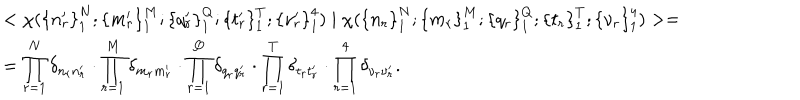
\begin{array} { l } { { < \chi ( { \{ n _ { r } ^ { \prime } \} } _ { 1 } ^ { N } ; { \{ m _ { r } ^ { \prime } \} } _ { 1 } ^ { M } ; { \{ q _ { r } ^ { \prime } \} } _ { 1 } ^ { Q } ; { \{ t _ { r } ^ { \prime } \} } _ { 1 } ^ { T } ; { \{ \nu _ { r } ^ { \prime } \} } _ { 1 } ^ { 4 } ) \mid \chi ( { \{ n _ { r } \} } _ { 1 } ^ { N } ; { \{ m _ { r } \} } _ { 1 } ^ { M } ; { \{ q _ { r } \} } _ { 1 } ^ { Q } ; { \{ t _ { r } \} } _ { 1 } ^ { T } ; { \{ \nu _ { r } \} } _ { 1 } ^ { 4 } ) > = } } \\ { { = \displaystyle \prod _ { r = 1 } ^ { N } \delta _ { n _ { r } n _ { r } ^ { \prime } } \cdot \displaystyle \prod _ { r = 1 } ^ { M } \delta _ { m _ { r } m _ { r } ^ { \prime } } \cdot \displaystyle \prod _ { r = 1 } ^ { Q } \delta _ { q _ { r } q _ { r } ^ { \prime } } \cdot \displaystyle \prod _ { r = 1 } ^ { T } \delta _ { t _ { r } t _ { r } ^ { \prime } } \cdot \displaystyle \prod _ { r = 1 } ^ { 4 } \delta _ { \nu _ { r } \nu _ { r } ^ { \prime } } . } } \\ \end{array}